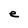
Character: e